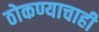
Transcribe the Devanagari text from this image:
ठोकण्याचाही